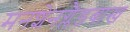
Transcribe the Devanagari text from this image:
मनशेनग्लैडबाख